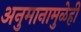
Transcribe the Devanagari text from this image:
अनुमानामुळेही